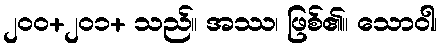
၂၀၀+၂၀၁+ သည်။ အဿ၊ ဖြစ်၏။ သောဝါ၊